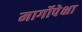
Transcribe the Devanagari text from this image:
मार्गोपेक्षा